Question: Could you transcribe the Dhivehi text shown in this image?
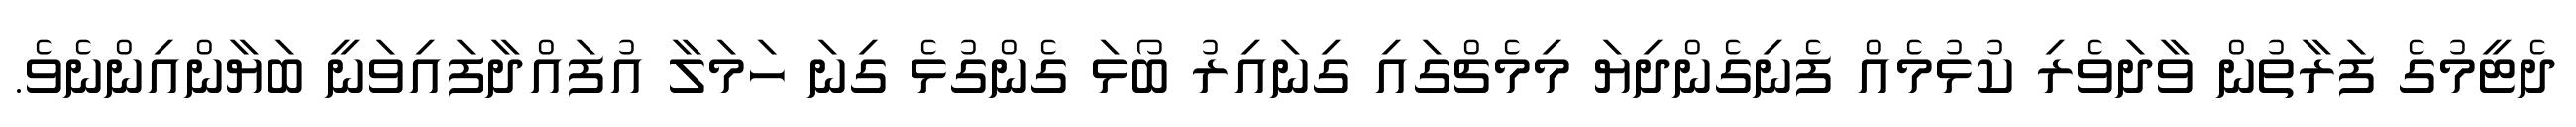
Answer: ދެޓީމުގެ ފަރާތުން ވާދަވެރި ކުޅުމެއް ފެނިގެންދިޔަ މިމެޗްގައި ގިނައިރު ބޯޅަ ގެންގުޅެ ގިނަ ހަމަލާ އުފައްދާފައިވަނީ ބަޔާންއިންނެވެ.